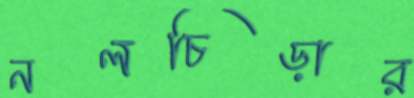
নলচিড়ার